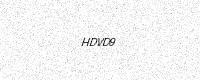
Text: HDVD9